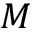
M